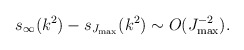
\begin{align*}s_\infty (k^2)-s_{J_{\max }}(k^2)\sim O(J_{\max }^{-2}). \end{align*}